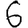
Digit: 6